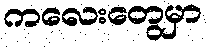
ကလေးတွေမှာ